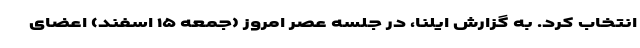
انتخاب کرد. به گزارش ایلنا، در جلسه عصر امروز (جمعه ۱۵ اسفند) اعضای